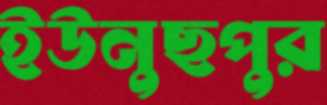
ইউনুছপুর